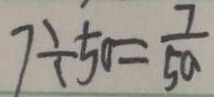
7 \div 5 0 = \frac { 7 } { 5 0 }